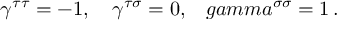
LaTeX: \gamma ^ { \tau \tau } = - 1 , \ \ \ \gamma ^ { \tau \sigma } = 0 , \ \ \, g a m m a ^ { \sigma \sigma } = 1 \, .